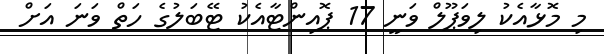
މި މޮޅާއެކު ލިވަޕޫލް ވަނީ 17 ޕޮއިންޓާއެކު ޓޭބަލުގެ ހަތް ވަނަ އަށް